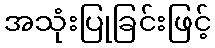
အသုံးပြုခြင်းဖြင့်